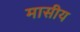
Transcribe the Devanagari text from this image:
मासीय